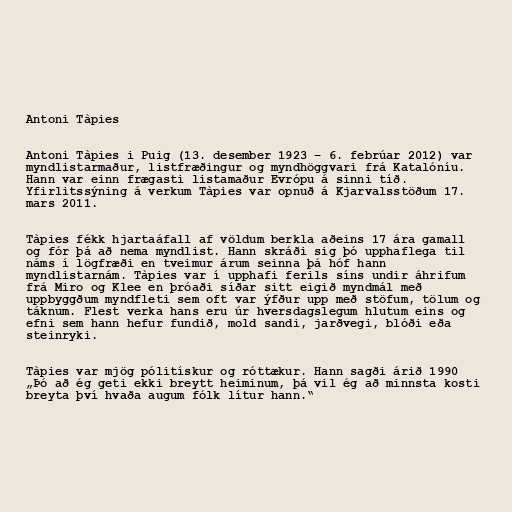
Antoni Tàpies

Antoni Tàpies i Puig (13. desember 1923 – 6. febrúar 2012) var
myndlistarmaður, listfræðingur og myndhöggvari frá Katalóníu.
Hann var einn frægasti listamaður Evrópu á sinni tíð.
Yfirlitssýning á verkum Tàpies var opnuð á Kjarvalsstöðum 17.
mars 2011.

Tàpies fékk hjartaáfall af völdum berkla aðeins 17 ára gamall
og fór þá að nema myndlist. Hann skráði sig þó upphaflega til
náms í lögfræði en tveimur árum seinna þá hóf hann
myndlistarnám. Tàpies var í upphafi ferils síns undir áhrifum
frá Miro og Klee en þróaði síðar sitt eigið myndmál með
uppbyggðum myndfleti sem oft var ýfður upp með stöfum, tölum og
táknum. Flest verka hans eru úr hversdagslegum hlutum eins og
efni sem hann hefur fundið, mold sandi, jarðvegi, blóði eða
steinryki.

Tàpies var mjög pólitískur og róttækur. Hann sagði árið 1990
„Þó að ég geti ekki breytt heiminum, þá vil ég að minnsta kosti
breyta því hvaða augum fólk lítur hann.“